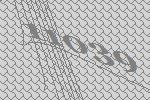
11039